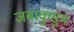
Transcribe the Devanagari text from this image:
जबाकुसुम